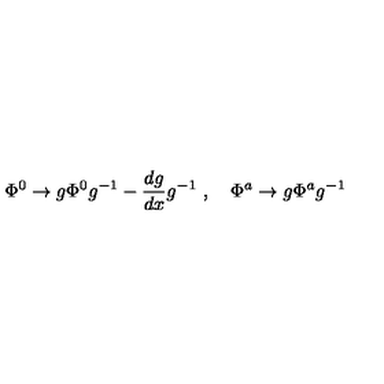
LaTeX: \Phi ^ { 0 } \to g \Phi ^ { 0 } g ^ { - 1 } - \frac { d g } { d x } g ^ { - 1 } \ , \quad \Phi ^ { a } \to g \Phi ^ { a } g ^ { - 1 }